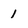
Character: 1